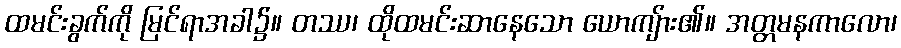
ထမင်းခွက်ကို မြင်ရာအခါ၌။ တဿ၊ ထိုထမင်းဆာနေသော ယောကျ်ား၏။ အတ္တမနကာလော၊